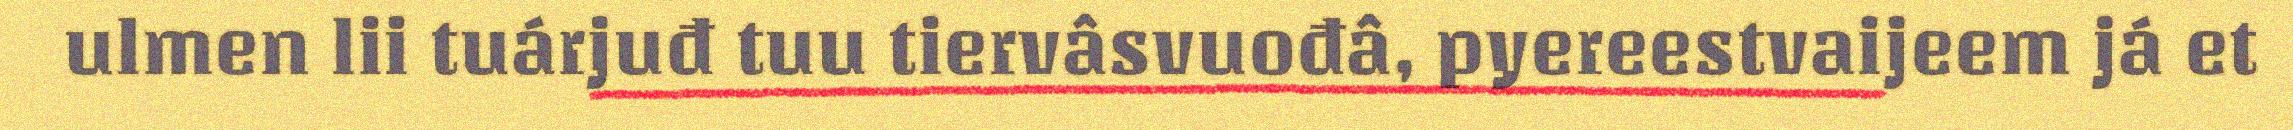
ulmen lii tuárjuđ tuu tiervâsvuođâ, pyereestvaijeem já et